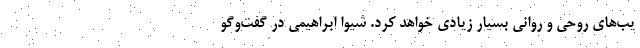
یب‌های روحی و روانی بسیار زیادی خواهد کرد. شیوا ابراهیمی در گفت‌وگو